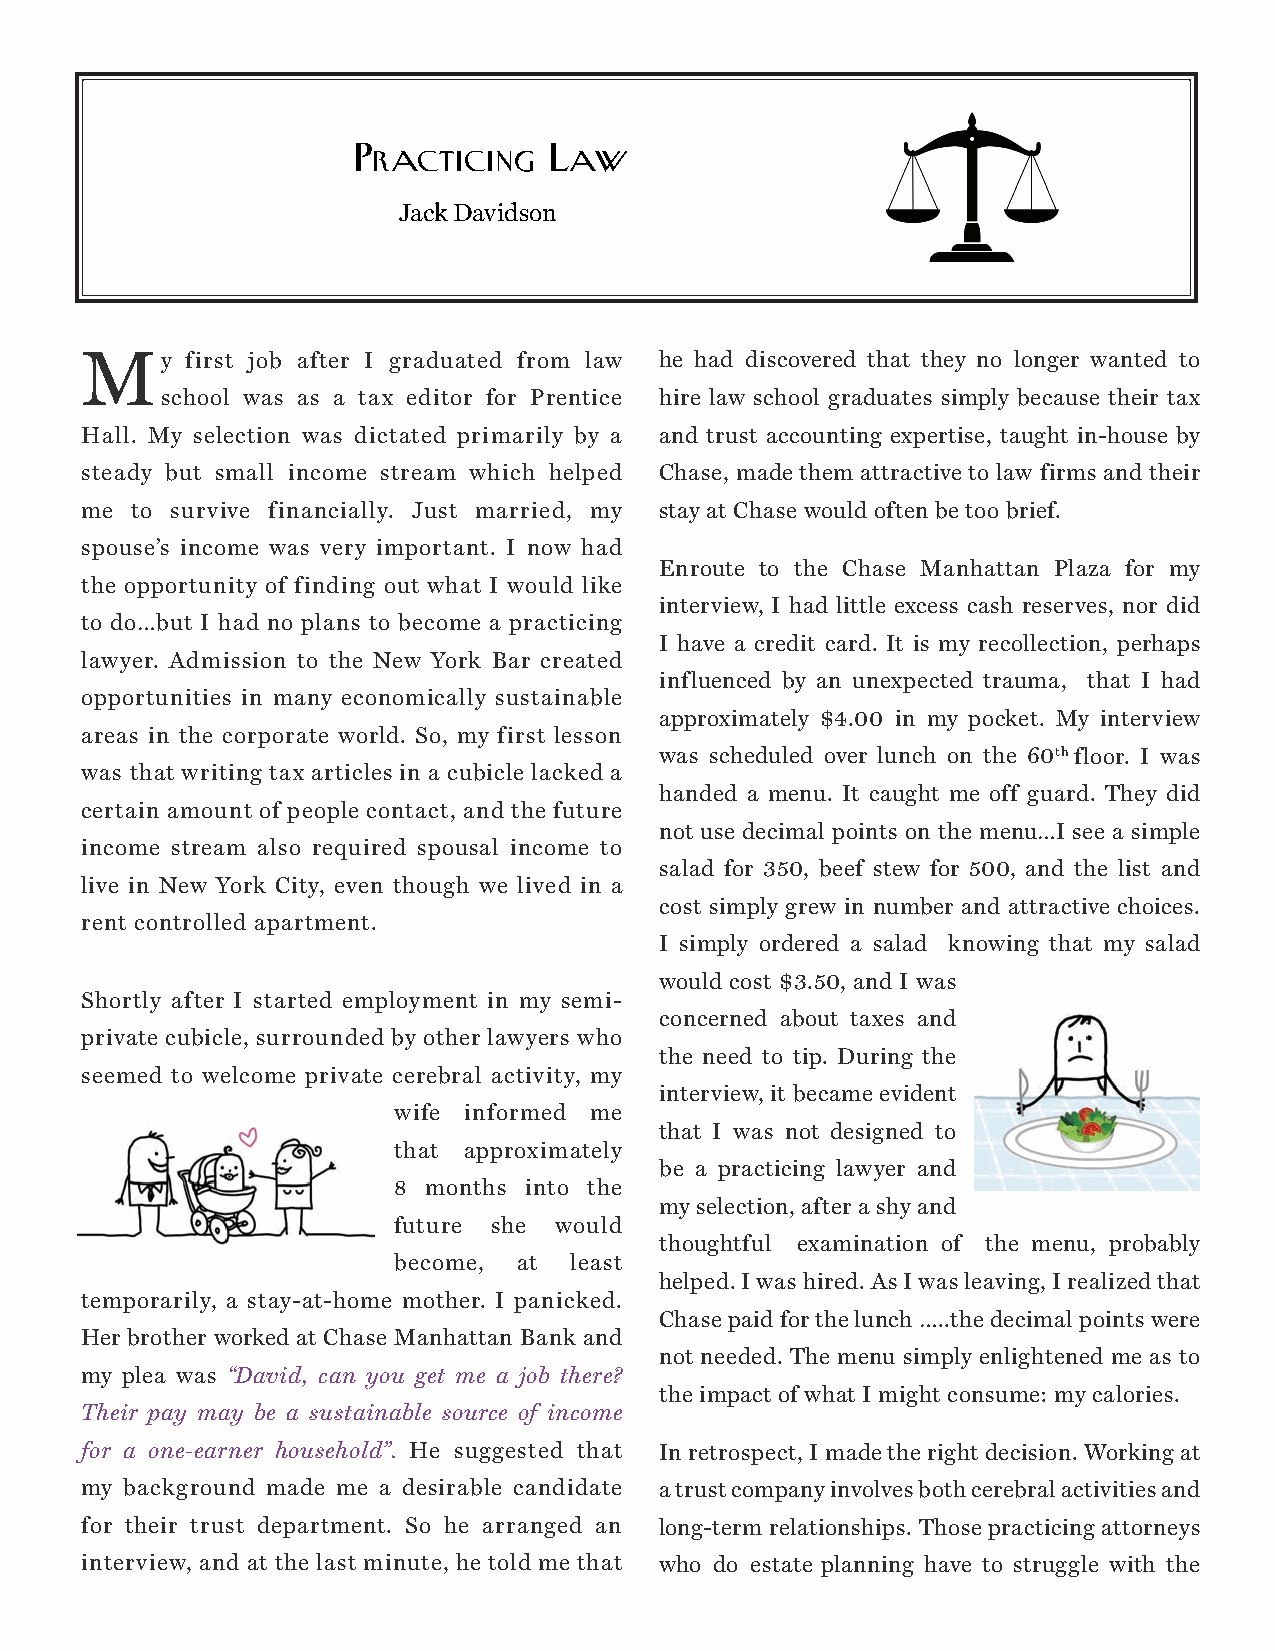
Practicing   Law
 Jack Davidson
 My     first job after I graduated from law he had discovered that they no longer wanted to
 school was as a tax editor for Prentice hire law school graduates simply because their tax
 Hall. My selection was dictated primarily by a and trust accounting expertise, taught in-house by
 steady but small income stream which helped Chase, made them attractive to law firms and their
 me  to survive financially. Just married, my stay at Chase would often be too brief.
 spouse’s income was very important. I now had
 Enroute to the Chase Manhattan Plaza for my
 the opportunity of finding out what I would like
 interview, I had little excess cash reserves, nor did
 to do…but I had no plans to become a practicing
 I have a credit card. It is my recollection, perhaps
 lawyer. Admission to the New York Bar created
 influenced by an unexpected trauma, that I had
 opportunities in many economically sustainable
 approximately $4.00 in my pocket. My interview
 areas in the corporate world. So, my first lesson
 was scheduled over lunch on the 60th floor. I was
 was that writing tax articles in a cubicle lacked a
 handed a menu. It caught me off guard. They did
 certain amount of people contact, and the future
 not use decimal points on the menu…I see a simple
 income stream also required spousal income to
 salad for 350, beef stew for 500, and the list and
 live in New York City, even though we lived in a
 cost simply grew in number and attractive choices.
 rent controlled apartment.
 I simply ordered a salad knowing that my salad
 would cost $3.50, and I was
 Shortly after I started employment in my semi-
 concerned about taxes and
 private cubicle, surrounded by other lawyers who
 the need to tip. During the
 seemed to welcome private cerebral activity, my
 interview, it became evident
 wife informed me
 that I was not designed to
 that approximately
 be a practicing lawyer and
 8 months into the
 my selection, after a shy and
 future she would
 thoughtful examination of the menu, probably
 become, at  least
 helped. I was hired. As I was leaving, I realized that
 temporarily, a stay-at-home mother. I panicked.
 Chase paid for the lunch …..the decimal points were
 Her brother worked at Chase Manhattan Bank and
 not needed. The menu simply enlightened me as to
 my plea was “David, can you get me a job there?
 the impact of what I might consume: my calories.
 Their pay may be a sustainable source of income
 for a one-earner household”. He suggested that In retrospect, I made the right decision. Working at
 my background made me a desirable candidate a trust company involves both cerebral activities and
 for their trust department. So he arranged an long-term relationships. Those practicing attorneys
 interview, and at the last minute, he told me that who do estate planning have to struggle with the